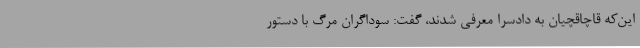
این‌که قاچاقچیان به دادسرا معرفی شدند، گفت: سوداگران مرگ با دستور